Vaccine operations Central Provinces 1868-1885 - 1868-1885
Year: 1868
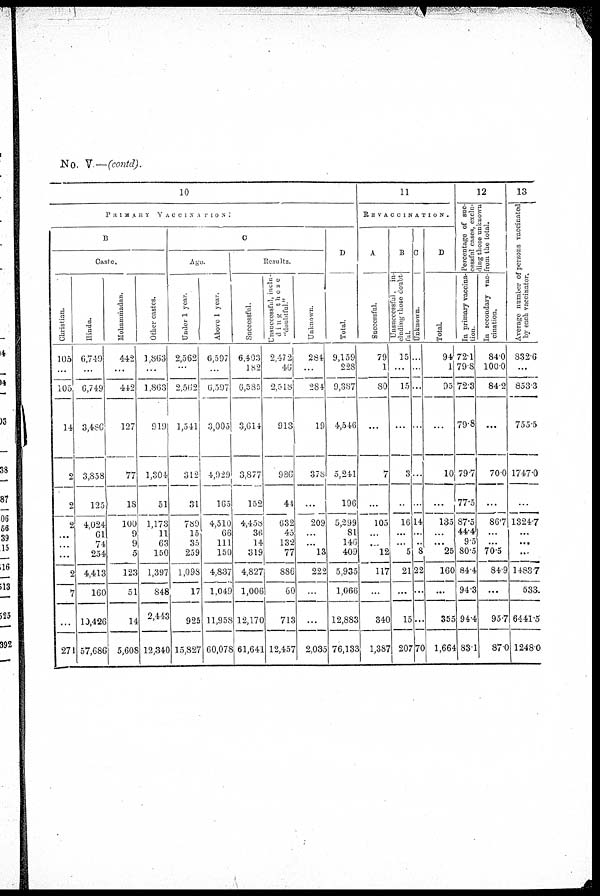
No. V—(contd).
10
PRIMARY
VACCINATION:
B
Caste.
Christian.
105
...
105
14
9
2
2
...
...
...
2
7
...
271
Hindu.
6,749
...
6,749
3,486
3,858
125
4,024
61
74
254
4,413
160
10,426
57,686
Mohammadan.
442
...
442
127
77
18
100
9
9
5
123
51
14
5,608
Other castes.
1,863
...
1,863
919
1,304
51
1,173
11
63
150
1,397
848
2,443
12,340
C
Age.
Under 1 year.
2,562
...
2,562
1,541
312
31
789
15
35
259
1,098
17
925
15,827
Above 1 year.
6,597
...
6,597
3,005
4,929
165
4,510
66
111
150
4,837
1,049
11,958
60,078
Results.
Successful.
6,403
182
6,585
3,614
3,877
152
4,458
36
14
319
4,827
1,006
12,170
61,641
Unsuccessful, incl-
uding those
"doubtful."
2,472
46
2,518
913
986
44
632
45
132
77
886
60
713
12,457
Unknown.
284
...
284
19
378
...
209
...
...
13
222
...
...
2,035
D
Total.
9,159
228
9,387
4,546
5,241
196
5,299
81
146
409
5,935
1,066
12,883
76,133
11
REVACCINATION.
A
Successful.
79
1
80
...
7
...
105
...
...
12
117
...
340
1,387
B
Unsuccessful, in-
cluding those doubt
ful.
15
...
15
...
3
..
16
...
...
5
21
...
15
207
C
Unknown.
...
...
...
...
...
...
14
...
...
8
22
...
...
70
D
Total.
94
1
95
...
10
...
135
...
...
25
160
...
355
1,664
12
Percentage of suc-
cessful cases, exclu-
ding those unknown
from the total.
In primary vaccina-
tion.
72.1
79.8
72.3
79.8
79.7
77.5
87.5
44.4
9.5
80.5
84.4
94.3
94.4
83.1
In secondary vac-
cination.
84.0
100.0
84.2
...
70.0
...
86.7
...
...
70.5
84.9
...
95.7
87.0
13
Average number of persons vaccinated
by each vaccinator.
832.6
...
853.3
755.5
1747.0
...
1324.7
...
...
...
1483.7
533
6441.5
1248.0